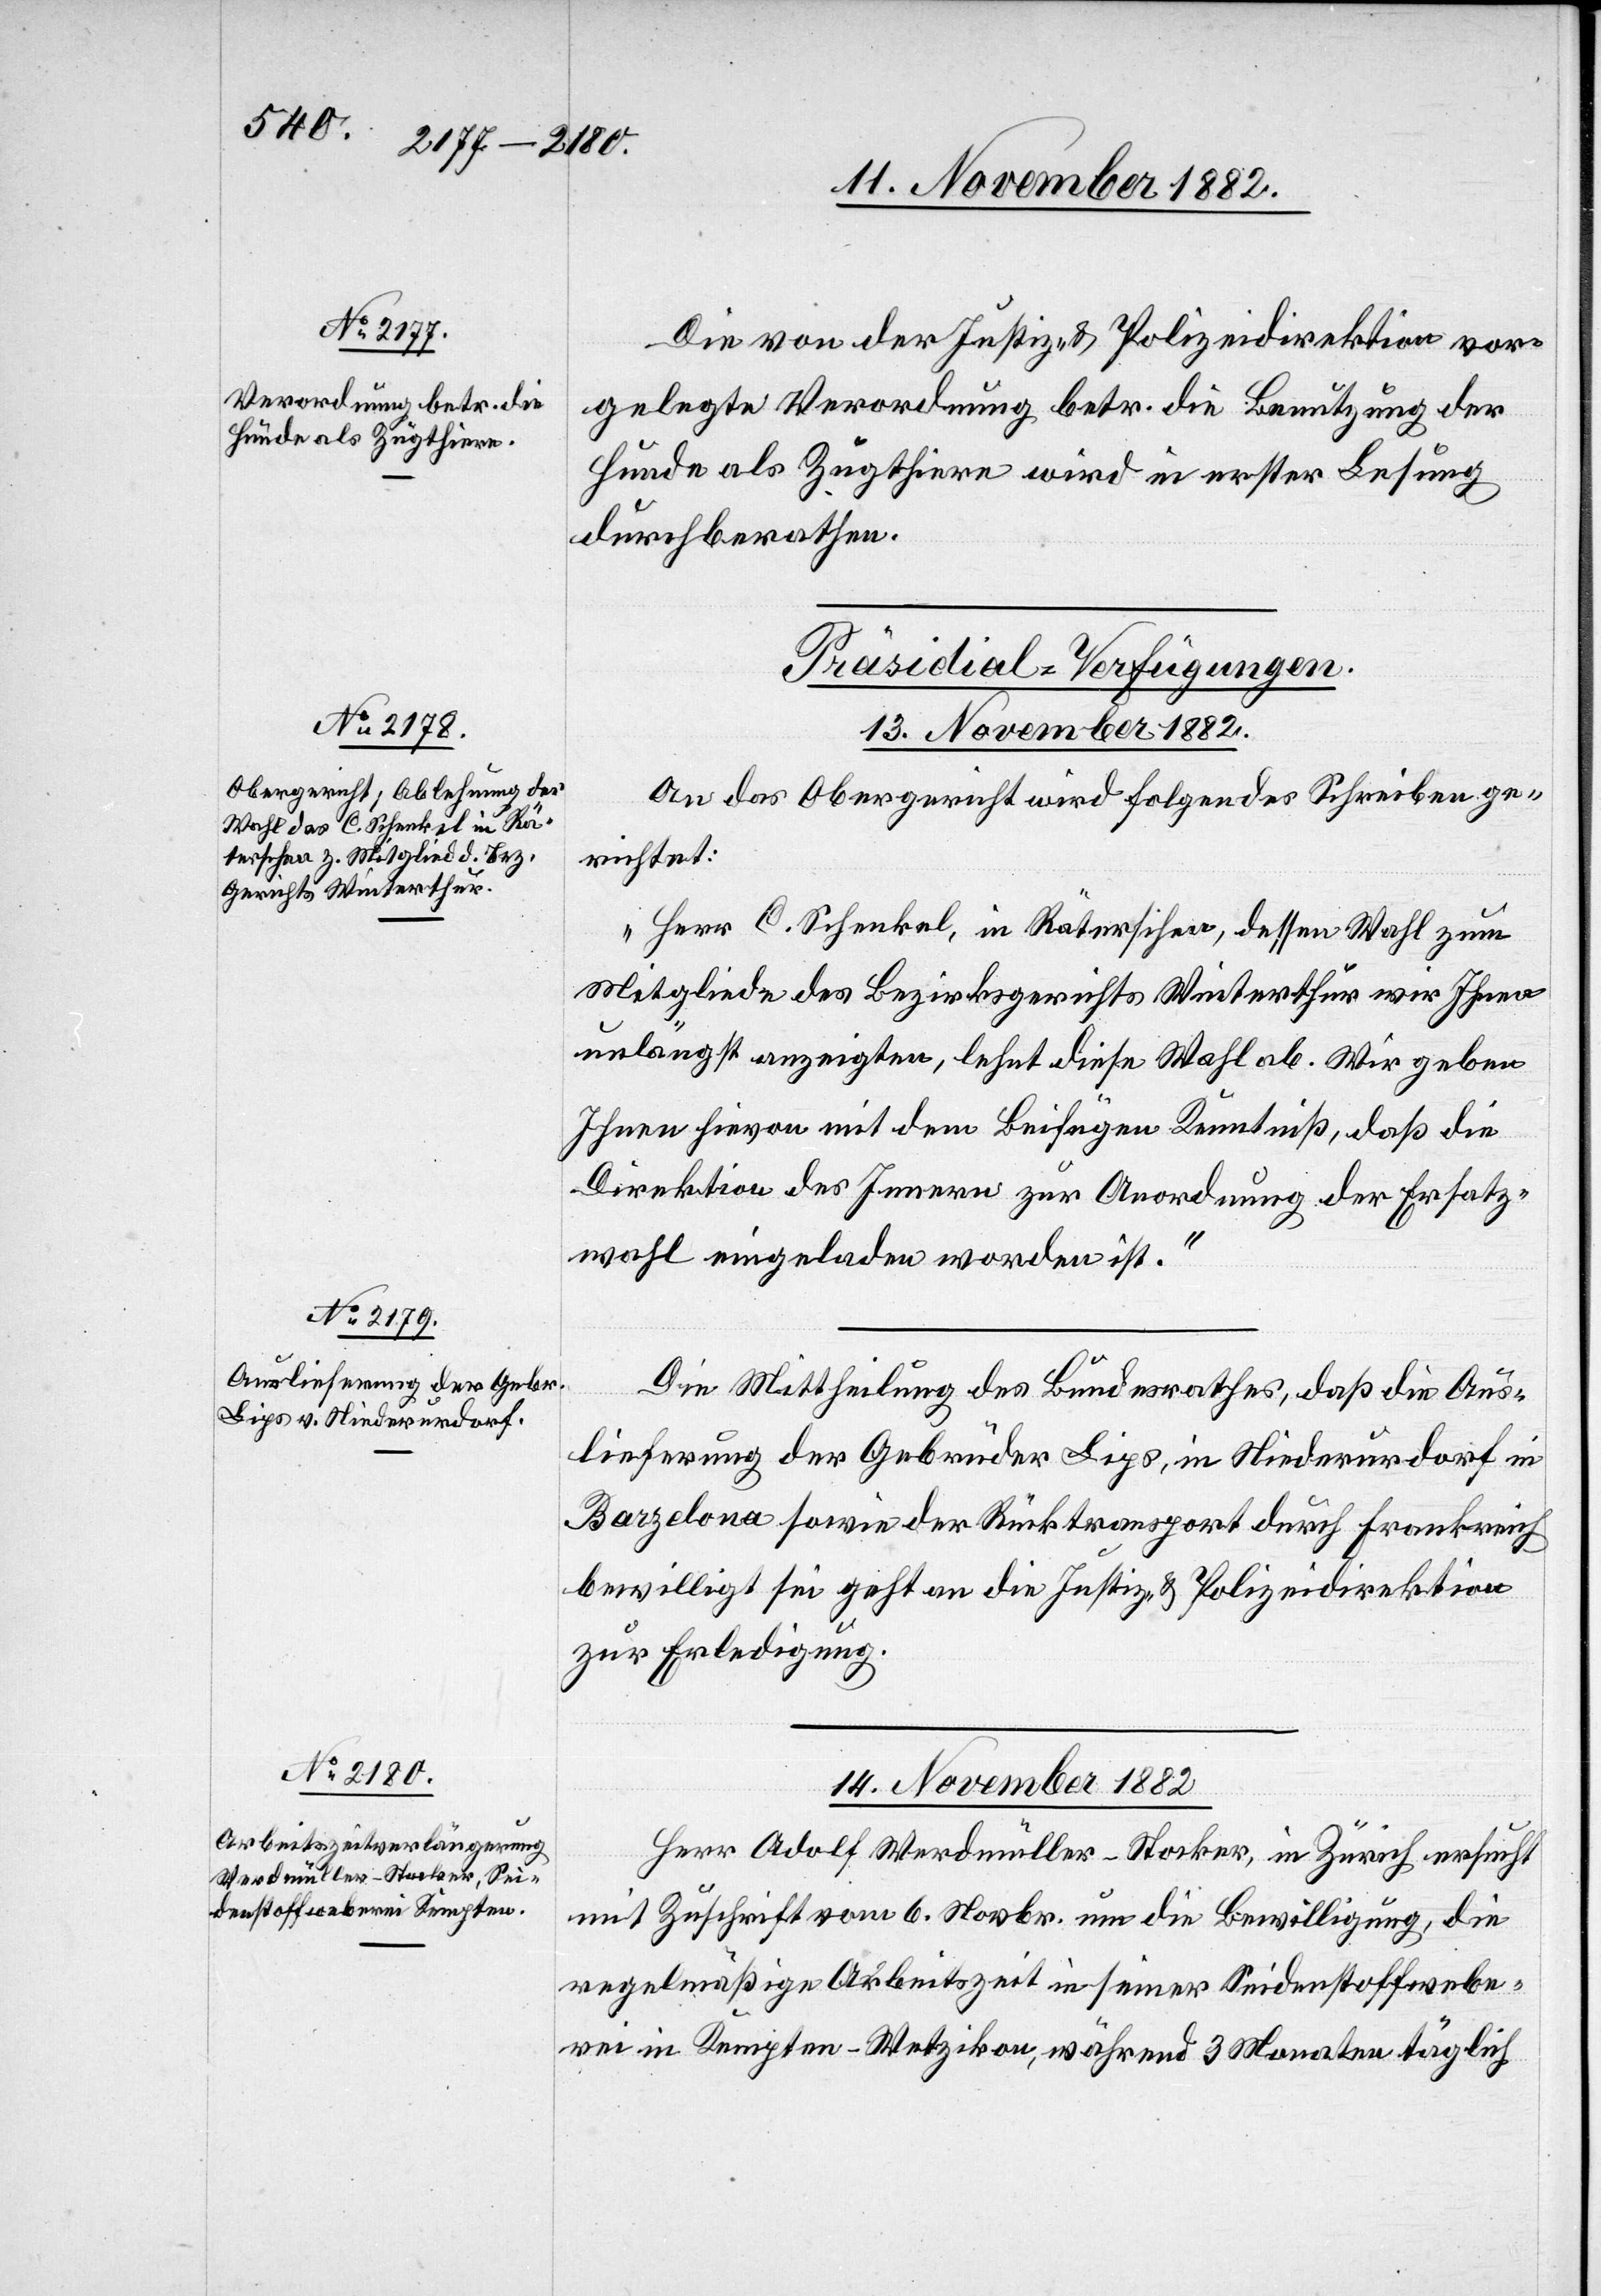
Die von der Justiz- & Polizeidirektion vor¬
gelegte Verordnung betr. die Benutzung der
Hunde als Zugthiere wird in erster Lesung
durchberathen.
[Präsidial-Verfügungen.]
13. November 1882.]
An das Obergericht wird folgendes Schreiben ge¬
richtet:
„Herr C. Schenkel, in Räterschen, dessen Wahl zum
Mitgliede des Bezirksgerichts Winterthur wir Ihnen
unlängst anzeigten, lehnt diese Wahl ab. Wir geben
Ihnen hievon mit dem Beifügen Kenntniß, daß die
Direktion des Innern zur Anordnung der Ersatz¬
wahl eingeladen worden ist.“
Die Mittheilung des Bundesrathes, daß die Aus¬
lieferung der Gebrüder Lips, in Niederurdorf in
Barzelona sowie der Rücktransport durch Frankreich
bewilligt sei geht an die Justiz- & Polizeidirektion
zur Erledigung.
14. November 1882.
Herr Adolf Werdmüller-Stocker, in Zürich ersucht
mit Zuschrift vom 6. Novbr. um die Bewilligung, die
regelmäßige Arbeitszeit in seiner Seidenstoffwebe¬
rei in Kempten - Wetzikon, während 3 Monaten täglich